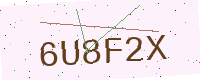
Text: 6U8F2X